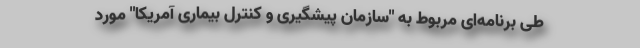
طی برنامه‌ای مربوط به "سازمان پیشگیری و کنترل بیماری آمریکا" مورد